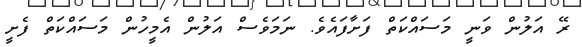
ރޭ އަލުން ވަނީ މަސައްކަތް ފަށާފައެވެ. ނަމަވެސް އަލުން އެމީހުން މަސައްކަތް ފެށީ